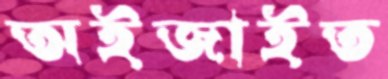
অইজাইত